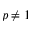
p \neq 1